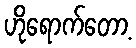
ဟိုရောက်တော့